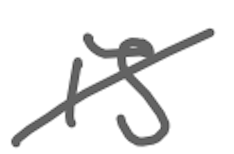
Text: is
Cross-out: diagonal
Writing tool: digital_gray